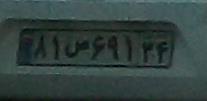
۸۱ص۶۹۱۳۴